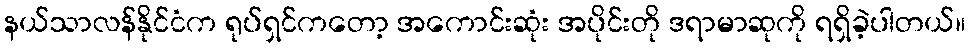
နယ်သာလန်နိုင်ငံက ရုပ်ရှင်ကတော့ အကောင်းဆုံး အပိုင်းတို ဒရာမာဆုကို ရရှိခဲ့ပါတယ်။